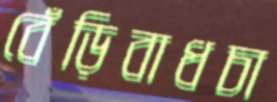
বেঁড়িবাধচা